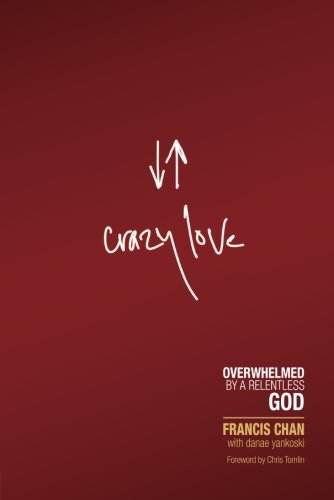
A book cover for Crazy Love: Overwhelmed by a Relentless God; Francis Chan; Christian Books & Bibles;